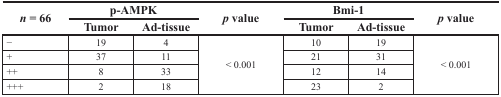
<table><thead><tr><td rowspan="2"><b><i>n</i> = 66</b></td><td colspan="2"><b>p-AMPK</b></td><td rowspan="2"><b><i>p</i> value</b></td><td colspan="2"><b>Bmi-1</b></td><td rowspan="2"><b><i>p</i> value</b></td></tr><tr><td><b>Tumor</b></td><td><b>Ad-tissue</b></td><td><b>Tumor</b></td><td><b>Ad-tissue</b></td></tr></thead><tbody><tr><td>−</td><td>19</td><td>4</td><td rowspan="4">&lt; 0.001</td><td>10</td><td>19</td><td rowspan="4">&lt; 0.001</td></tr><tr><td>+</td><td>37</td><td>11</td><td>21</td><td>31</td></tr><tr><td>++</td><td>8</td><td>33</td><td>12</td><td>14</td></tr><tr><td>+++</td><td>2</td><td>18</td><td>23</td><td>2</td></tr></tbody></table>